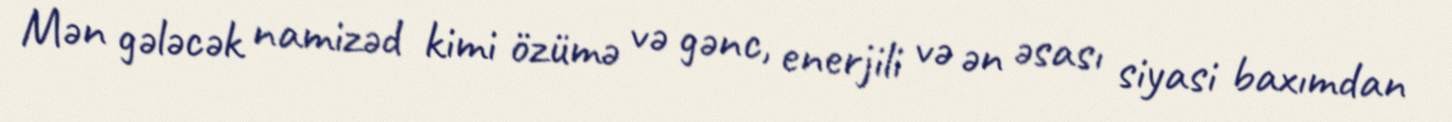
Mən gələcək namizəd kimi özümə və gənc, enerjili və ən əsası siyasi baxımdan